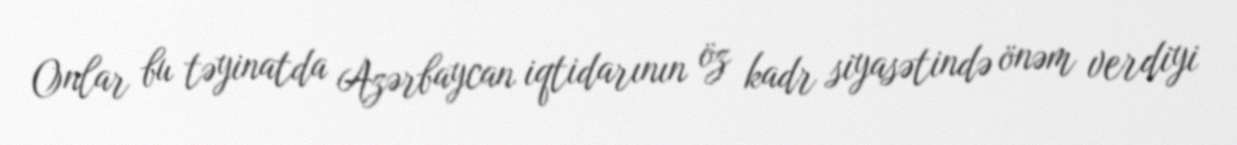
Onlar bu təyinatda Azərbaycan iqtidarının öz kadr siyasətində önəm verdiyi